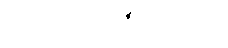
ဂဟပတိပဏ္ဍိတေပေ